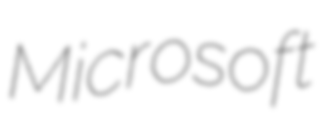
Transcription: Microsoft